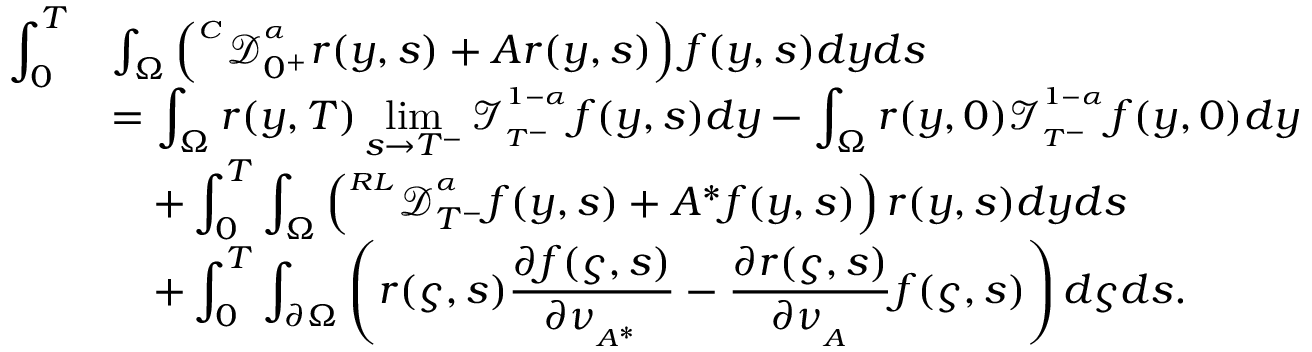
\begin{array} { r l } { \displaystyle \int _ { 0 } ^ { T } } & { \int _ { \Omega } \left( { ^ { ^ C } \mathcal { D } _ { 0 ^ { + } } ^ { ^ \alpha } } r ( y , s ) + A r ( y , s ) \right) f ( y , s ) d y d s } \\ & { = \displaystyle \int _ { \Omega } r ( y , T ) \operatorname* { l i m } _ { s \rightarrow T ^ { - } } \mathcal { I } _ { _ { T ^ { - } } } ^ { ^ { 1 - \alpha } } f ( y , s ) d y - \displaystyle \int _ { \Omega } r ( y , 0 ) \mathcal { I } _ { _ { T ^ { - } } } ^ { ^ { 1 - \alpha } } f ( y , 0 ) d y } \\ & { \quad + \displaystyle \int _ { 0 } ^ { T } \int _ { \Omega } \left( { ^ { ^ { R L } } \mathcal { D } _ { T ^ { - } } ^ { ^ \alpha } } f ( y , s ) + A ^ { * } f ( y , s ) \right) r ( y , s ) d y d s } \\ & { \quad + \displaystyle \int _ { 0 } ^ { T } \int _ { \partial \Omega } \left( r ( \varsigma , s ) \frac { \partial f ( \varsigma , s ) } { \partial \nu _ { _ { A ^ { * } } } } - \frac { \partial r ( \varsigma , s ) } { \partial \nu _ { _ { A } } } f ( \varsigma , s ) \right) d \varsigma d s . } \end{array}